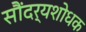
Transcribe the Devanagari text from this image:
सौंदर्यशोधक